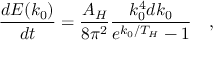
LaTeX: { \frac { d E ( k _ { 0 } ) } { d t } } = { \frac { A _ { H } } { 8 \pi ^ { 2 } } } { \frac { k _ { 0 } ^ { 4 } d k _ { 0 } } { e ^ { k _ { 0 } / T _ { H } } - 1 } } \quad ,